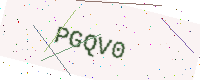
Text: PGQV0